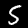
Label: 5